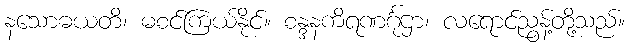
နသောဓယတိ၊ မစင်ကြယ်နိုင်။ စန္ဒနကိရဏင်္ဂုဌာ၊ လရောင်ညွန့်တို့သည်။